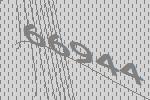
66944